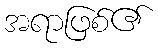
အရာဖြစ်၏